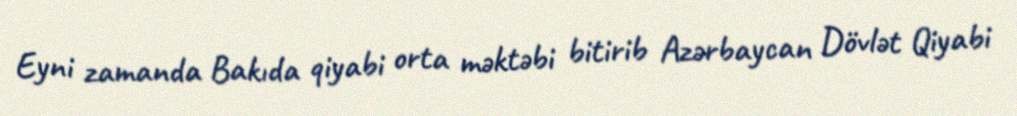
Eyni zamanda Bakıda qiyabi orta məktəbi bitirib Azərbaycan Dövlət Qiyabi